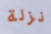
نزلة